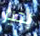
بخير